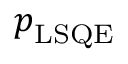
\boldsymbol { p } _ { \mathrm { L S Q E } }